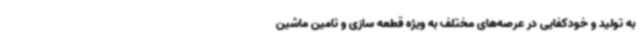
به تولید و خودکفایی در عرصه‌های مختلف به ویژه قطعه سازی و تامین ماشین